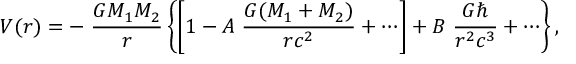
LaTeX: V ( r ) = - \; { \frac { G M _ { 1 } M _ { 2 } } { r } } \left\{ \left[ 1 - A \; { \frac { G ( M _ { 1 } + M _ { 2 } ) } { r c ^ { 2 } } } + \cdots \right] + B \; { \frac { G \hbar } { r ^ { 2 } c ^ { 3 } } } + \cdots \right\} ,